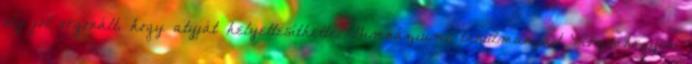
oly jól orgonált, hogy atyját helyettesíthette. Gimnáziumi tanulmányait Rózsahegyen,